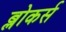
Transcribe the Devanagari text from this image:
ब्लोकर्स